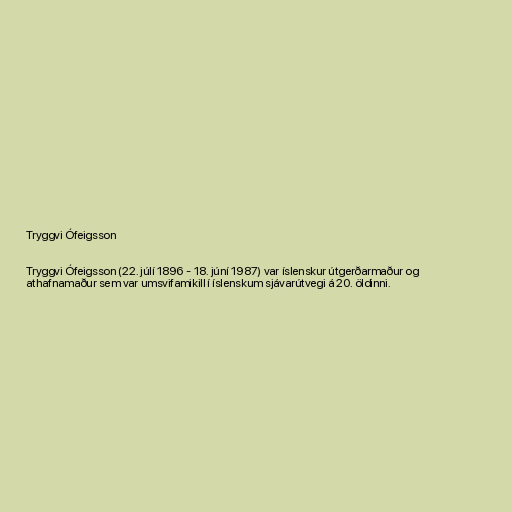
Tryggvi Ófeigsson

Tryggvi Ófeigsson (22. júlí 1896 - 18. júní 1987) var íslenskur útgerðarmaður og
athafnamaður sem var umsvifamikill í íslenskum sjávarútvegi á 20. öldinni.